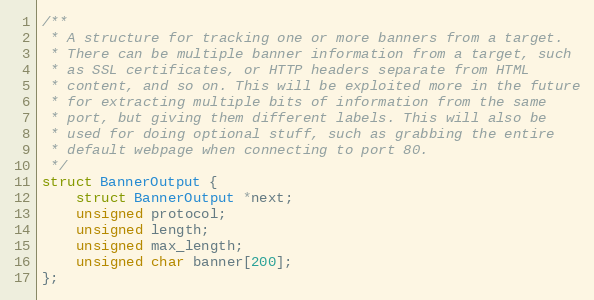
Language: C
/**
 * A structure for tracking one or more banners from a target.
 * There can be multiple banner information from a target, such
 * as SSL certificates, or HTTP headers separate from HTML
 * content, and so on. This will be exploited more in the future
 * for extracting multiple bits of information from the same
 * port, but giving them different labels. This will also be
 * used for doing optional stuff, such as grabbing the entire
 * default webpage when connecting to port 80.
 */
struct BannerOutput {
    struct BannerOutput *next;
    unsigned protocol;
    unsigned length;
    unsigned max_length;
    unsigned char banner[200];
};